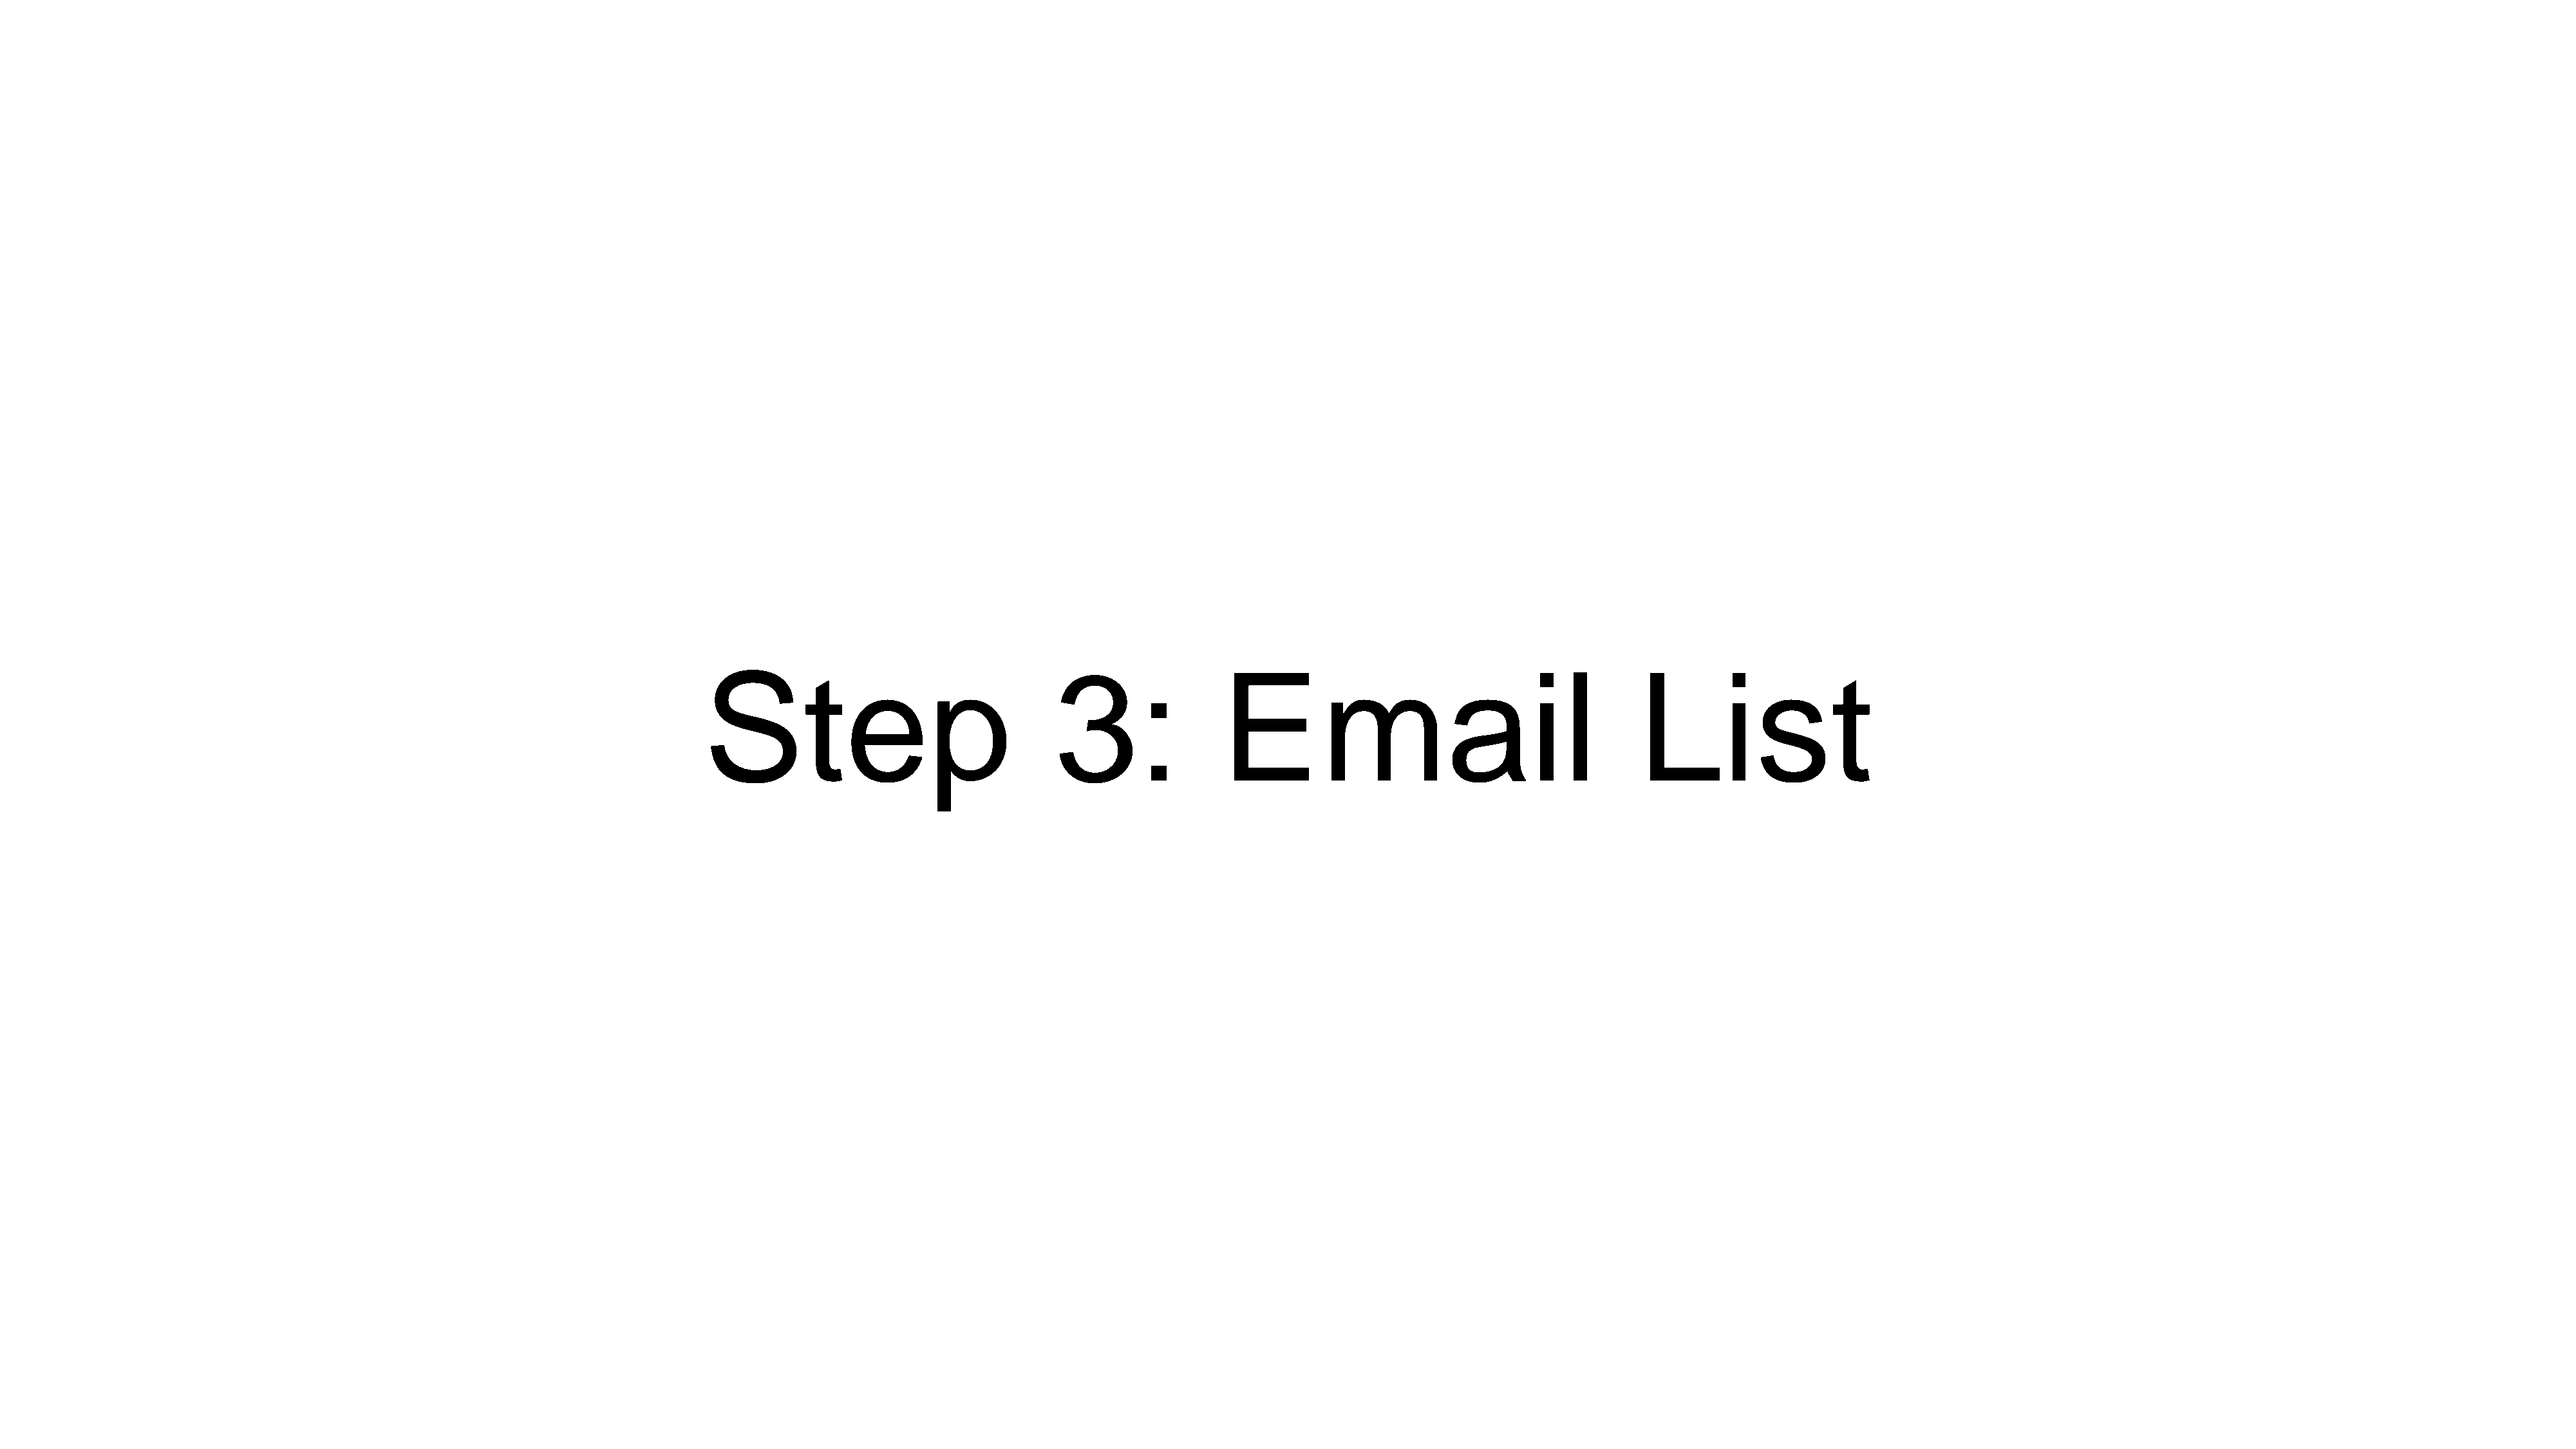
Step                                3:                Email                                     List